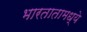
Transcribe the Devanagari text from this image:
भारतातामध्ये